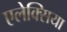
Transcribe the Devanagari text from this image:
एलेक्सिया